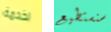
لخدمة سنستطيع